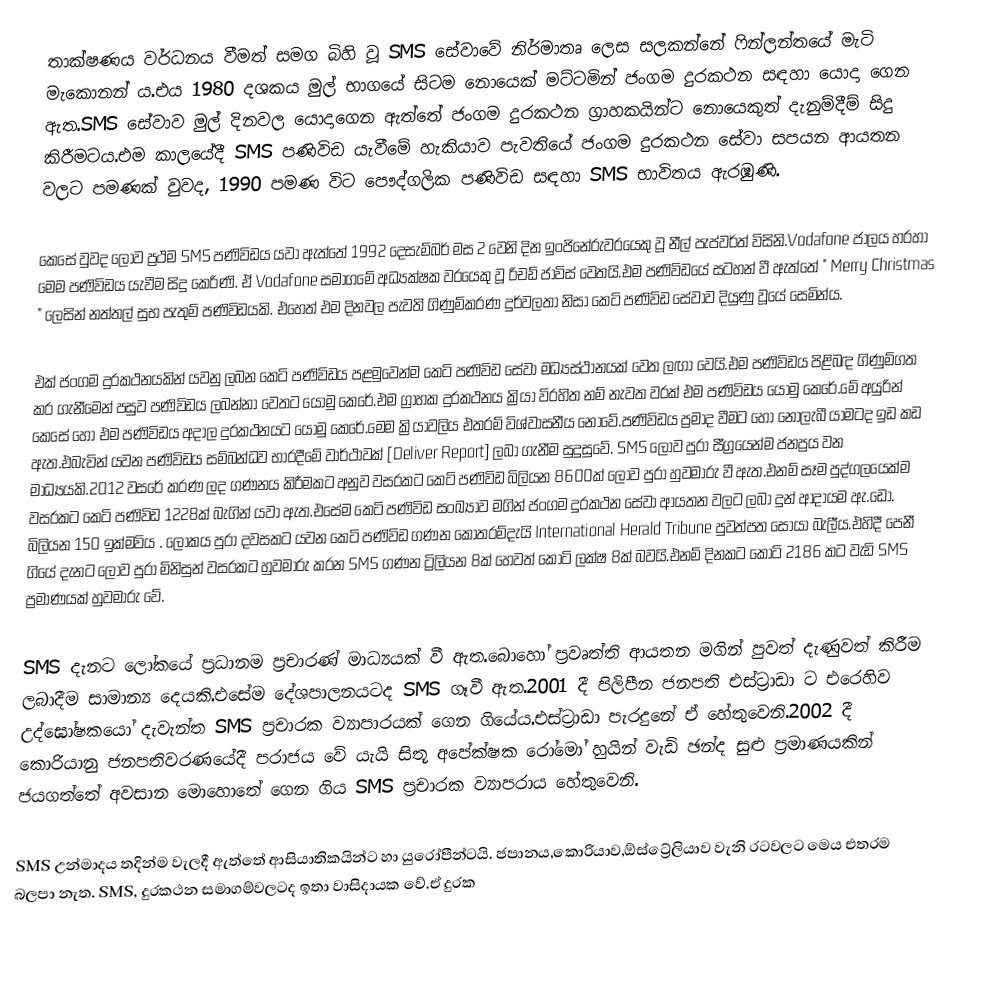
තාක්ෂණය වර්ධනය වීමත් සමග බිහි වූ SMS සේවාවේ නිර්මාතෘ ලෙස සලකන්නේ ෆින්ලන්තයේ මැටි මැකොනන් ය.එය 1980 දශකය මුල් භාගයේ සිටම නොයෙක් මට්ටමින් ජංගම දුරකථන සඳහා යොදා ගෙන ඇත.SMS සේවාව මුල් දිනවල යොදාගෙන ඇත්තේ ජංගම දුරකථන ග්‍රාහකයින්ට නොයෙකුත් දැනුම්දීම් සිදු කිරීමටය.එම කාලයේදී SMS පණිවිඩ යැවීමේ හැකියාව පැවතියේ ජංගම දුරකථන සේවා සපයන ආයතන වලට පමණක් වුවද, 1990 පමණ විට පෞද්ගලික පණිවිඩ සඳහා SMS භාවිතය ඇරඹුණි.

කෙසේ වුවද ලොව ප්‍රථම SMS පණිවිඩය යවා ඇත්තේ 1992 දෙසැම්බර් මස 2 වෙනි දින ඉංජිනේරුවරයෙකු වූ නීල් පැප්වර්ත් විසිනි.Vodafone ජාලය හරහා මෙම පණිවිඩය යැවීම සිදු කෙරිණි. ඒ Vodafone සමාගමේ අධ්‍යක්ෂක වරයෙකු වූ රිචඩ් ජාවිස් වෙතයි.එම පණිවිඩයේ සටහන් වී ඇත්තේ " Merry Christmas " ලෙසින් නත්තල් සුභ පැතුම් පණිවිඩයකි. එහෙත් එම දිනවල පැවති ගිණුම්කරණ දුර්වලතා නිසා කෙටි පණිවිඩ සේවාව දියුණු වූයේ සෙමින්ය.

එක් ජංගම දුරකථනයකින් යවනු ලබන කෙටි පණිවිඩය පළමුවෙන්ම කෙටි පණිවිඩ සේවා මධ්‍යස්ථානයක් වෙත ලඟා වෙයි.එම පණිවිඩය පිළිබඳ ගිණුම්ගත කර ගැනීමෙන් පසුව පණිවිඩය ලබන්නා වෙතට යොමු කෙරේ.එම ග්‍රාහක දුරකථනය ක්‍රියා විරහිත නම් නැවත වරක් එම පණිවිඩය යොමු කෙරේ.මේ අයුරින් කෙසේ හෝ එම පණිවිඩය අදාල දුරකථනයට යොමු කෙරේ.මෙම ක්‍රියාවලිය එතරම් විශ්වාසනීය නොවේ.පණිවිඩය ප්‍රමාද වීමට හෝ නොලැබී යාමටද ඉඩ කඩ ඇත.එබැවින් යවන පණිවිඩය සම්බන්ධව භාරදීමේ වාර්ථාවක් [Deliver Report] ලබා ගැනීම සුදුසුවේ. SMS ලොව පුරා සීග්‍රයෙන්ම ජනප්‍රය වන මාධ්‍යයකි.2012 වසරේ කරණ ලද ගණනය කිරීමකට අනුව වසරකට කෙටි පණිවිඩ බිලියන 8600ක් ලොව පුරා හුවමාරු වී ඇත.එනම් සෑම පුද්ගලයෙක්ම වසරකට කෙටි පණිවිඩ 1228ක් බැගින් යවා ඇත.එසේම කෙටි පණිවිඩ සංඛ්‍යාව මගින් ජංගම දුරකථන සේවා ආයතන වලට ලබා දුන් ආදායම ඇ.ඩො. බිලියන 150 ඉක්මවිය . ලෝකය පුරා දවසකට යවන කෙටි පණිවිඩ ගණන කොතරම්දැයි International Herald Tribune පුවත්පත සොයා බැලීය.එහිදී පෙනී ගියේ දැනට ලොව පුරා මිනිසුන් වසරකට හුවමාරු කරන SMS ගණන ට්‍රිලියන 8ක් හෙවත් කෝටි ලක්ෂ 8ක් බවයි.එනම් දිනකට කෝටි 2186 කට වැඩි SMS ප්‍රමාණයක් හුවමාරු වේ.

SMS දැනට ලෝකයේ ප්‍රධානම ප්‍රචාරණ් මාධ්‍යයක් වී ඇත.බොහෝ ප්‍රවෘත්ති ආයතන    මගින් පුවත් දැණුවත් කිරීම ලබාදීම සාමාන්‍ය දෙයකි.එසේම දේශපාලනයටද SMS ගෑවී ඇත.2001 දී පිලිපීන ජනපති එස්ට්‍රාඩා ට එරෙහිව උද්ඝෝෂකයෝ දැවැන්ත SMS ප්‍රචාරක ව්‍යාපාරයක් ගෙන ගියේය.එස්ට්‍රාඩා පැරදුනේ ඒ හේතුවෙනි.2002 දී කොරියානු ජනපතිවරණයේදී පරාජය වේ යැයි සිතූ අපේක්ෂක රෝමෝ හුයින් වැඩි ඡන්ද සුළු ප්‍රමාණයකින් ජයගත්තේ අවසාන මොහොතේ ගෙන ගිය SMS ප්‍රචාරක ව්‍යාපරාය හේතුවෙනි.

SMS උන්මාදය තදින්ම වැලදී ඇත්තේ ආසියාතිකයින්ට හා යුරෝපීන්ටයි. ජපානය,කොරියාව,ඕස්ට්‍රේලියාව වැනි රටවලට මෙය එතරම බලපා නැත. SMS, දුරකථන සමාගම්වලටද ඉතා වාසිදායක වේ.ඒ දුරක